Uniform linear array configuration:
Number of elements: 16
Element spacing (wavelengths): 1
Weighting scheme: kaiser
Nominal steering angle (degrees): -60
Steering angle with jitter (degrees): -60.061
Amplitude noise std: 0.05
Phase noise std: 0.05

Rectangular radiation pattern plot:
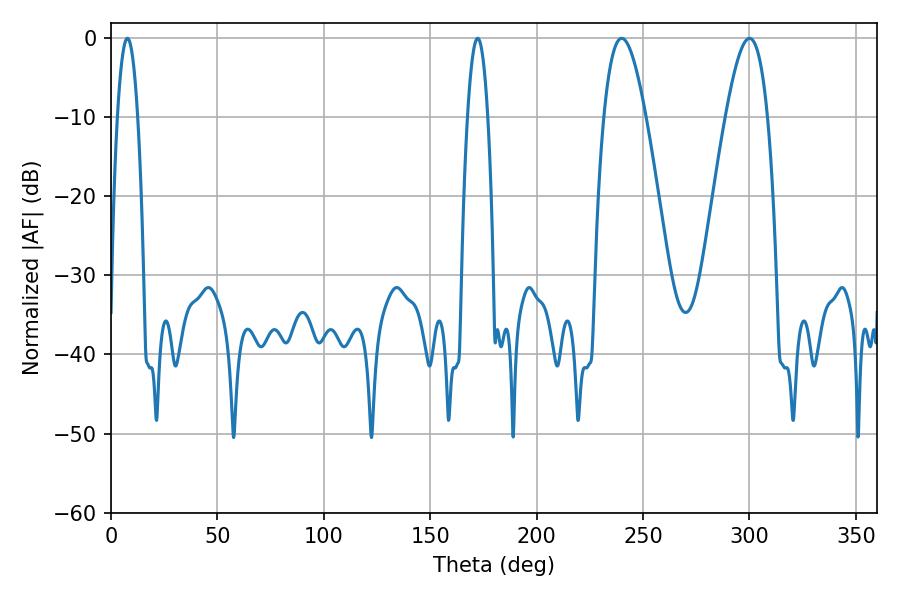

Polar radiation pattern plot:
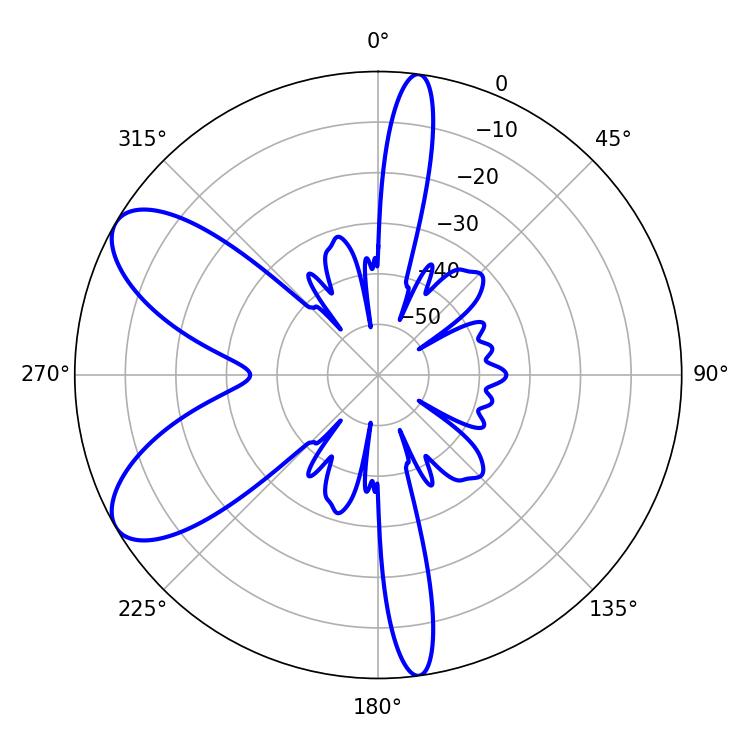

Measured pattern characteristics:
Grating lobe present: TRUE
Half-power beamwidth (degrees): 10.62
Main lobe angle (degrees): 239.94